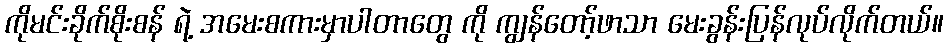
ကိုမင်းခိုက်စိုးစန် ရဲ့ အမေးစကားမှာပါတာတွေ ကို ကျွန်တော့်ဖာသာ မေးခွန်းပြန်လုပ်လိုက်တယ်။